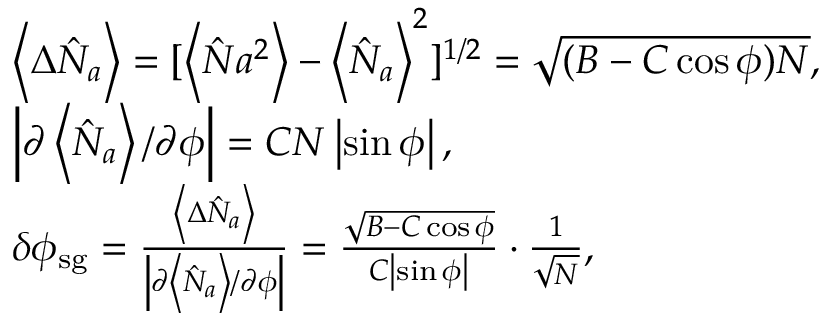
\begin{array} { r l r } & { \left\langle \Delta \hat { N } _ { a } \right\rangle = [ \left\langle \hat { N } { a } ^ { 2 } \right\rangle - \left\langle \hat { N } _ { a } \right\rangle ^ { 2 } ] ^ { 1 / 2 } = \sqrt { ( B - C \cos \phi ) N } , } & \\ & { \left\vert \partial \left\langle \hat { N } _ { a } \right\rangle / \partial \phi \right\vert = C N \left\vert \sin \phi \right\vert , } & \\ & { \delta \phi _ { \mathrm { s g } } = \frac { \left\langle \Delta \hat { N } _ { a } \right\rangle } { \left\vert \partial \left\langle \hat { N } _ { a } \right\rangle / \partial \phi \right\vert } = \frac { \sqrt { B - C \cos \phi } } { C \left\vert \sin \phi \right\vert } \cdot \frac { 1 } { \sqrt { N } } , } & \end{array}